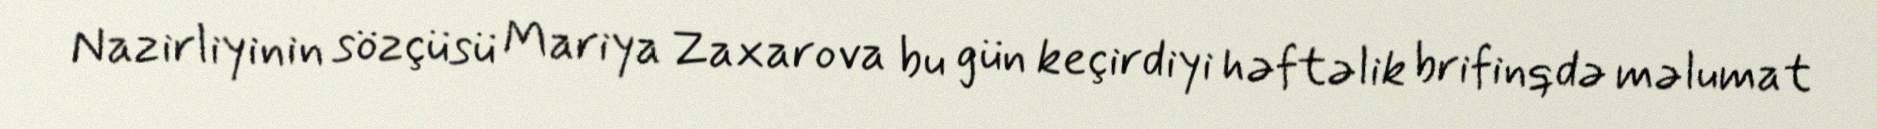
Nazirliyinin sözçüsü Mariya Zaxarova bu gün keçirdiyi həftəlik brifinqdə məlumat